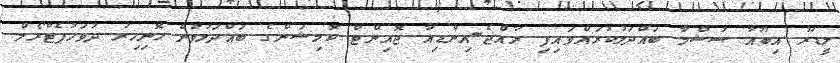
ލީޑަރު އިބޫއާ ސުޝްމާ ބައްދަލުކުރައްވައިފި ރާއްޖެ-އިންޑިއާ ޖޮއިންޓް ކޮމިޝަންގެ ބައްދަލުވުން ހޮނިހިރު ދުވަހުޕެޓްރޯލް